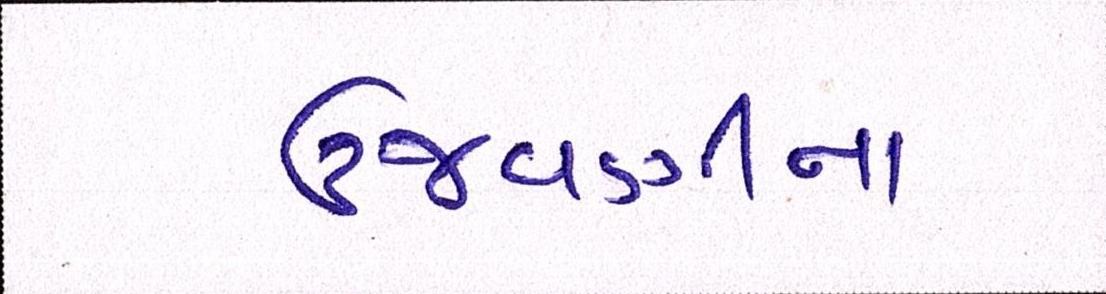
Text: ઉજવણીના